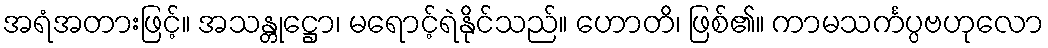
အရံအတားဖြင့်။ အသန္တုဋ္ဌော၊ မရောင့်ရဲနိုင်သည်။ ဟောတိ၊ ဖြစ်၏။ ကာမသင်္ကပ္ပဗဟုလော